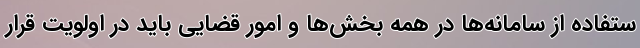
ستفاده از سامانه‌ها در همه بخش‌ها و امور قضایی باید در اولویت قرار